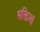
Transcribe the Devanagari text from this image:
भक्तियां